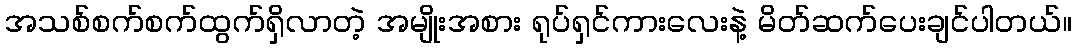
အသစ်စက်စက်ထွက်ရှိလာတဲ့ အမျိုးအစား ရုပ်ရှင်ကားလေးနဲ့ မိတ်ဆက်ပေးချင်ပါတယ်။